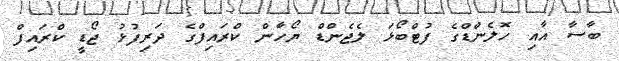
ބާސާ އާއި ހޮލެންޑްގެ ފުޓްބޯޅަ ލެޖެންޑް ޔޯހާން ކްރައިފްގެ ދަރިފުޅު ޖޯޑީ ކްރައިފް